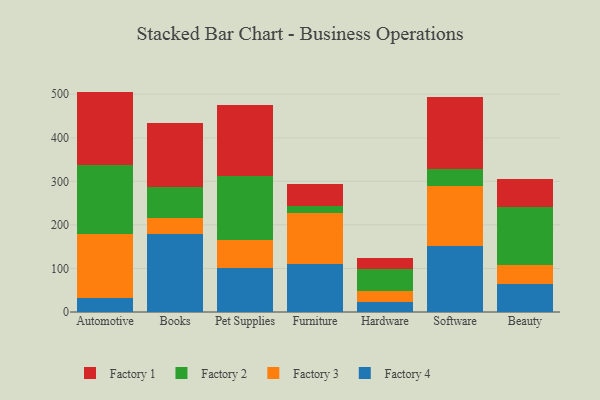
{"axis": {"x": "Category", "y": "Inventory Turnover"}, "legend": ["Factory 1", "Factory 2", "Factory 3", "Factory 4"], "data": [{"x": "Automotive", "y": 32.4, "type": "Factory 4"}, {"x": "Automotive", "y": 146.6, "type": "Factory 3"}, {"x": "Automotive", "y": 159.3, "type": "Factory 2"}, {"x": "Automotive", "y": 167.7, "type": "Factory 1"}, {"x": "Books", "y": 179.9, "type": "Factory 4"}, {"x": "Books", "y": 36.3, "type": "Factory 3"}, {"x": "Books", "y": 71.4, "type": "Factory 2"}, {"x": "Books", "y": 146.6, "type": "Factory 1"}, {"x": "Pet Supplies", "y": 100.0, "type": "Factory 4"}, {"x": "Pet Supplies", "y": 64.2, "type": "Factory 3"}, {"x": "Pet Supplies", "y": 147.3, "type": "Factory 2"}, {"x": "Pet Supplies", "y": 163.9, "type": "Factory 1"}, {"x": "Furniture", "y": 110.1, "type": "Factory 4"}, {"x": "Furniture", "y": 117.9, "type": "Factory 3"}, {"x": "Furniture", "y": 15.9, "type": "Factory 2"}, {"x": "Furniture", "y": 49.6, "type": "Factory 1"}, {"x": "Hardware", "y": 22.4, "type": "Factory 4"}, {"x": "Hardware", "y": 25.4, "type": "Factory 3"}, {"x": "Hardware", "y": 51.7, "type": "Factory 2"}, {"x": "Hardware", "y": 24.5, "type": "Factory 1"}, {"x": "Software", "y": 150.6, "type": "Factory 4"}, {"x": "Software", "y": 139.3, "type": "Factory 3"}, {"x": "Software", "y": 38.2, "type": "Factory 2"}, {"x": "Software", "y": 166.2, "type": "Factory 1"}, {"x": "Beauty", "y": 63.9, "type": "Factory 4"}, {"x": "Beauty", "y": 44.7, "type": "Factory 3"}, {"x": "Beauty", "y": 133.0, "type": "Factory 2"}, {"x": "Beauty", "y": 63.2, "type": "Factory 1"}]}